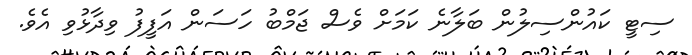
ސިޓީ ކައުންސިލުން ބަލާނެ ކަމަށް ވެސް ޖަމްބު ހަސަން އަފީފު ވިދާޅުވި އެވެ.